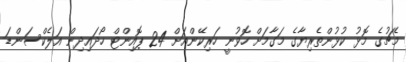
މެޗުގެ މޮޅު ކުޅުންތެރިޔާގެ މަގާމަށް ހޮވުނީ ހަރިކޭންއަށް 24 ޕޮއިންޓް ހޯދައިދިން އަލެކްސަންޑަ